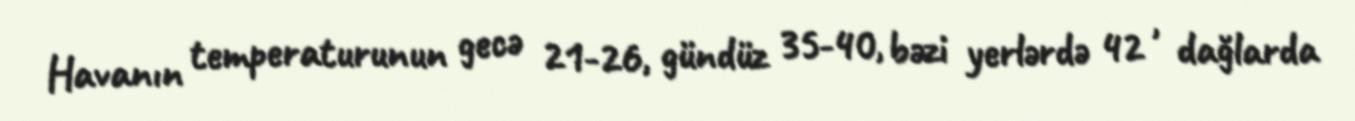
Havanın temperaturunun gecə 21-26, gündüz 35-40, bəzi yerlərdə 42 , dağlarda